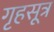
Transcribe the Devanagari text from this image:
गृहसूत्र